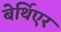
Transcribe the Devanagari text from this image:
बेर्थिएर